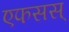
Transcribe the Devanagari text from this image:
एफसस्